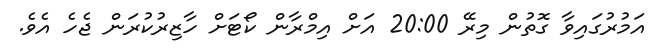
އަމުރުގައިވާ ގޮތުން މިރޭ 20:00 އަށް އިމްރާން ކޯޓަށް ހާޒިރުކުރަން ޖެހެ އެވެ.